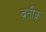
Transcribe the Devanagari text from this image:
व्रतीक